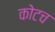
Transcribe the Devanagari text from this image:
कोटच